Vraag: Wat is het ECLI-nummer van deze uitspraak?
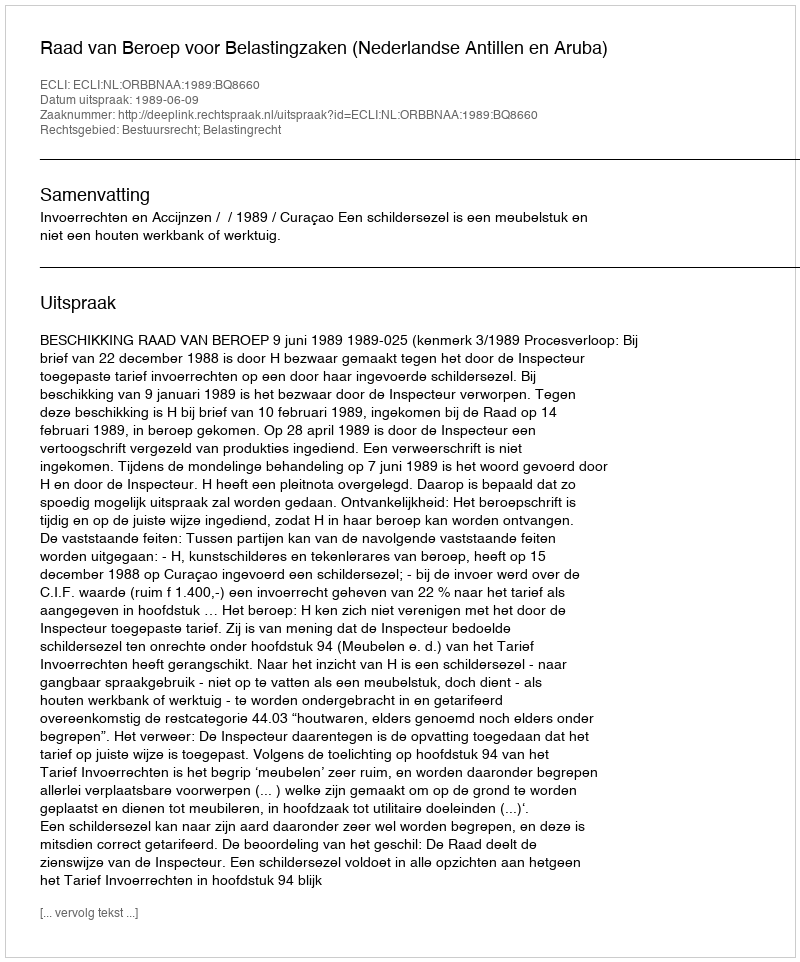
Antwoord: ECLI:NL:ORBBNAA:1989:BQ8660